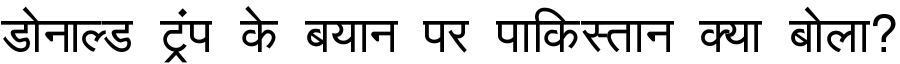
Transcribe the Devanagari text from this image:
डोनाल्ड ट्रंप के बयान पर पाकिस्तान क्या बोला?